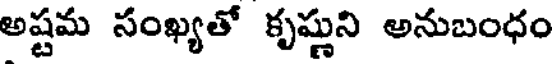
అష్టమ సంఖ్యతో కృష్ణుని అనుబంధం